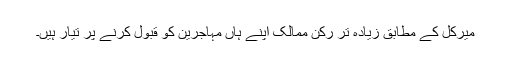
میرکل کے مطابق زیادہ تر رکن ممالک اپنے ہاں مہاجرین کو قبول کرنے پر تیار ہیں۔